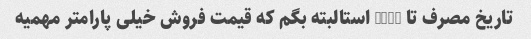
تاریخ مصرف تا 2019 استالبته بگم که قیمت فروش خیلی پارامتر مهمیه